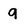
Character: 9